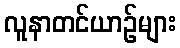
လူနာတင်ယာဉ်များ